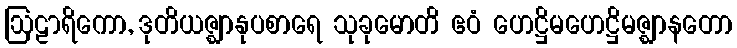
ဩဠာရိကော, ဒုတိယဇ္ဈာနုပစာရေ သုခုမောတိ ဧဝံ ဟေဋ္ဌိမဟေဋ္ဌိမဇ္ဈာနတော